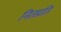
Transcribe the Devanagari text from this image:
नितप्रति